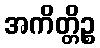
အကိတ္တိဉ္စ